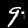
Label: 9